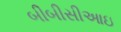
બીબીસીઆઇ